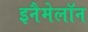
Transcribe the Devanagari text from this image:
इनैमेलॉन